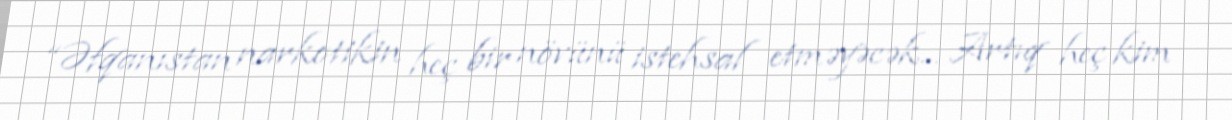
“Əfqanıstan narkotikin heç bir növünü istehsal etməyəcək... Artıq heç kim